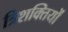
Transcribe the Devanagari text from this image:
त्रिशक्तियों